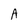
Character: A